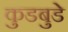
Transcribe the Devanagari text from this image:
कुडबुडे